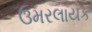
ઉમરલાયક